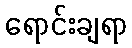
ရောင်းချရာ